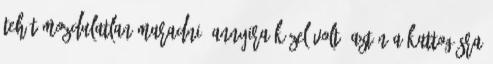
tehát mozdulatlan maradni, annyira közel volt: Aztán a kattogásra